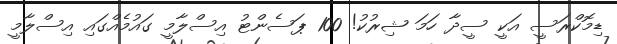
ޑިމޮކްރަސީ އަކީ ސީދާ ހަމަ ޝިރުކު! 100 ޕަސެންޓު އިސްލާމީ ގައުމެއްގައި އިސްލާމީ